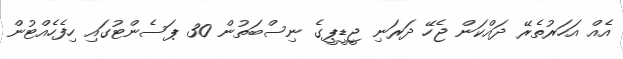
އެއް އަހަރުތެރޭ ދައްކަން ޖެހޭ ދަރަނި ޖީޑީޕީގެ ނިސްބަތުން 30 ޕަސެންޓުގައި ހިފެހެއްޓުން